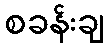
စခန်းချ